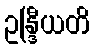
ဥန္ဒြီယတိ